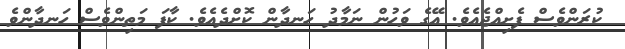
ކުރަންވެސް ފެށިއްޖެއެވެ. އޭގެ ވަހުން ނަމާދު ހަނދާން ކޮށްދެއެވެ. ކާފަ މަތިންވެސް ހަނދާންވެ